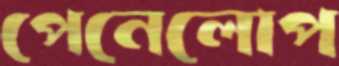
পেনেলোপ